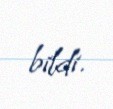
bildi.